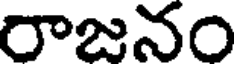
రాజనం